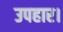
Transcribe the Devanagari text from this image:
उपहार।